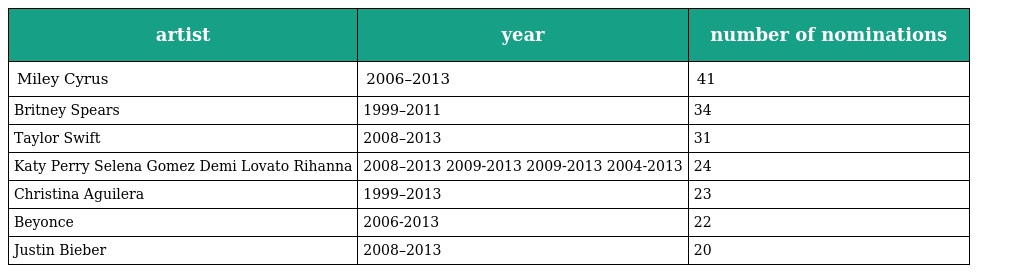
| artist | year | number of nominations |
 | --- | --- | --- |
 | Miley Cyrus | 2006–2013 | 41 |
 | Britney Spears | 1999–2011 | 34 |
 | Taylor Swift | 2008–2013 | 31 |
 | Katy Perry Selena Gomez Demi Lovato Rihanna | 2008–2013 2009-2013 2009-2013 2004-2013 | 24 |
 | Christina Aguilera | 1999–2013 | 23 |
 | Beyonce | 2006-2013 | 22 |
 | Justin Bieber | 2008–2013 | 20 |